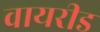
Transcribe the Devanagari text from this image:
वायरीड